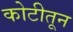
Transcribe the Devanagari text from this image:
कोटीतून